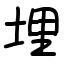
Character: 埋